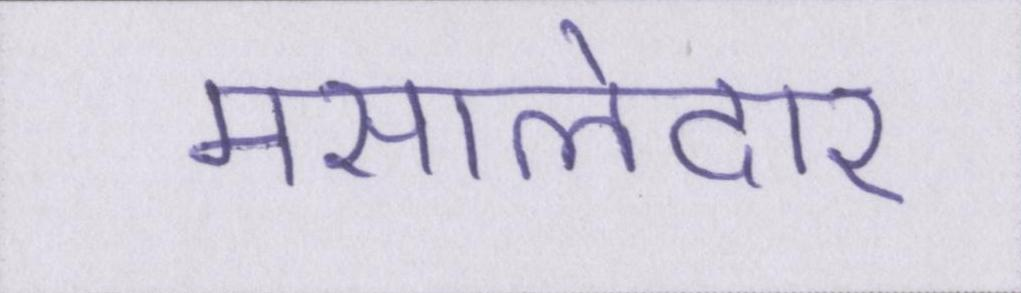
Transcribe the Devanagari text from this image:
मसालेदार